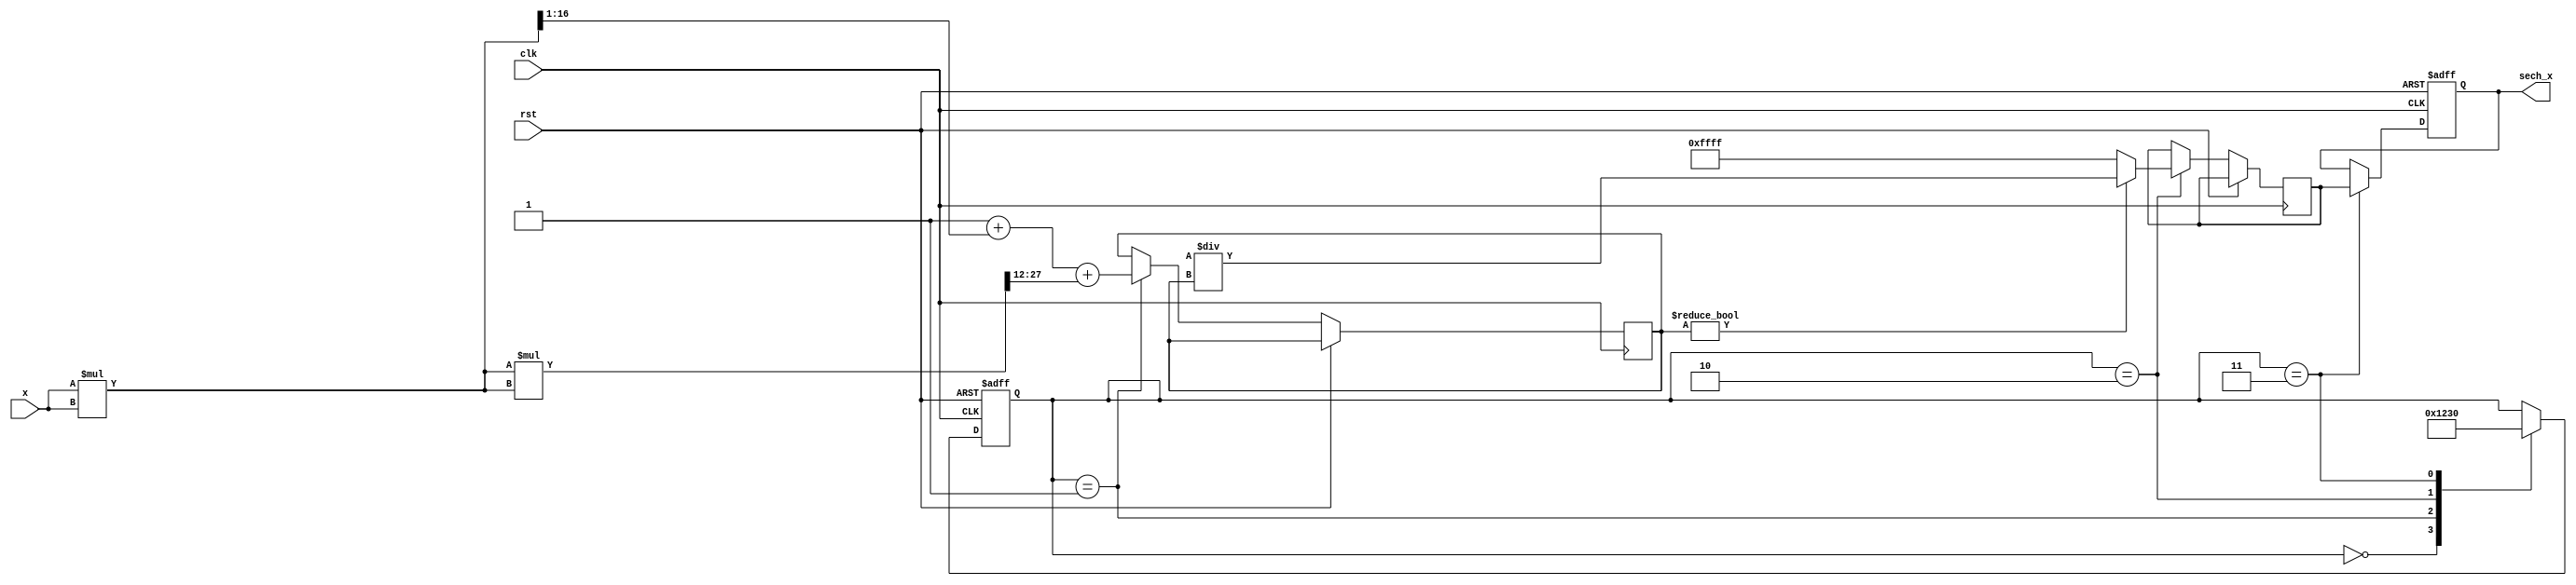
module hyperbolic_secant (
    input wire [15:0] x,          // Input signal (fixed-point representation)
    output reg [15:0] sech_x,     // Output signal (fixed-point representation)
    input wire clk,               // Clock signal
    input wire rst                // Reset signal
);

    // Internal signals
    reg [15:0] cosh_x;            // Intermediate result for cosh(x)
    reg [15:0] reciprocal;         // Intermediate result for 1/cosh(x)
    reg [3:0] state;              // State for control logic

    // State encoding
    localparam IDLE = 4'b0000,
               COSH_CALC = 4'b0001,
               RECIPROCAL_CALC = 4'b0010,
               OUTPUT = 4'b0011;

    // Hyperbolic cosine approximation using Taylor series
    function [15:0] cosh;
        input [15:0] x;
        reg [31:0] x_squared;
        begin
            x_squared = x * x; // x^2
            // cosh(x) = 1 + x^2/2! + x^4/4! + ...
            cosh = 16'h0001 + (x_squared >> 1) + (x_squared * x_squared >> 12); // Approximation
        end
    endfunction

    // Reciprocal calculation using simple division
    function [15:0] reciprocal_func;
        input [15:0] value;
        begin
            if (value != 0) begin
                reciprocal_func = (16'h0001 << 16) / value; // 1/value
            end else begin
                reciprocal_func = 16'hFFFF; // Handle division by zero
            end
        end
    endfunction

    // Sequential logic for state machine
    always @(posedge clk or posedge rst) begin
        if (rst) begin
            sech_x <= 16'h0000;
            state <= IDLE;
        end else begin
            case (state)
                IDLE: begin
                    state <= COSH_CALC;
                end
                COSH_CALC: begin
                    cosh_x <= cosh(x); // Calculate cosh(x)
                    state <= RECIPROCAL_CALC;
                end
                RECIPROCAL_CALC: begin
                    reciprocal <= reciprocal_func(cosh_x); // Calculate 1/cosh(x)
                    state <= OUTPUT;
                end
                OUTPUT: begin
                    sech_x <= reciprocal; // Output sech(x)
                    state <= IDLE; // Go back to idle
                end
            endcase
        end
    end

endmodule